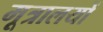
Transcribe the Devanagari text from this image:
मूत्रालयों